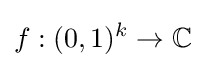
f:(0,1)^{k}\to \mathbb {C}